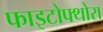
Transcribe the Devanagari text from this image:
फाइटोफ्थोरा